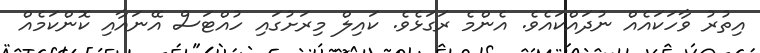
އިތުރު ވާހަކައެއް ނުދައްކައެވެ. އެންމެ ރަގަޅެވެ. ކައިލް މިރަށުގައި ހުއްޓަސް އޭނައާއި ކޮންކަމެއް